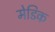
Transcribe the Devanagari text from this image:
मेडिक